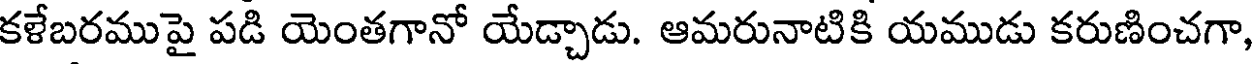
కళేబరముపై పడి యెంతగానో యేడ్చాడు. ఆమరునాటికి యముడు కరుణించగా